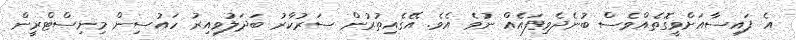
އެ ފައިސާއަށްވީގޮތެއްވެސް ބުނެދެވިފައެއް ނުވެ އެވެ. އޭގެއިތުރުން ސަރުކާރު ބަދަލުވިއިރު ހައުސިން މިނިސްޓްރީން